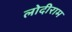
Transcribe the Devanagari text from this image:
लोदीराम